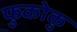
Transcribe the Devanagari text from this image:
फुकोकु